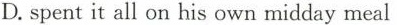
D.spentit all on his own midday meal